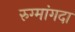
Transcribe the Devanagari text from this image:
रुग्मांगदा